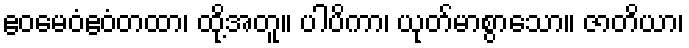
ဧဝမေဝံဧဝံတထာ၊ ထို့အတူ။ ပါပိကာ၊ ယုတ်မာစွာသော။ ဇာတိယာ၊